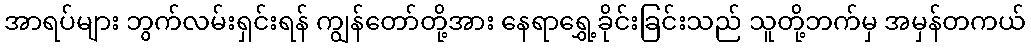
အာရပ်များ ဘွက်လမ်းရှင်းရန် ကျွန်တော်တို့အား နေရာရွှေ့ခိုင်းခြင်းသည် သူတို့ဘက်မှ အမှန်တကယ်